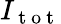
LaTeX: I_{\mathrm{~t~o~t~}}